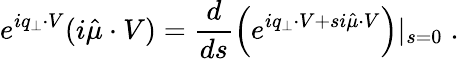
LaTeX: e^{iq_{\perp}\cdot V}(i\hat{\mu}\cdot V)=\frac{d}{ds}\left(e^{iq_{\perp}\cdot V+si\hat{\mu}\cdot V}\right)|_{s=0}\; .